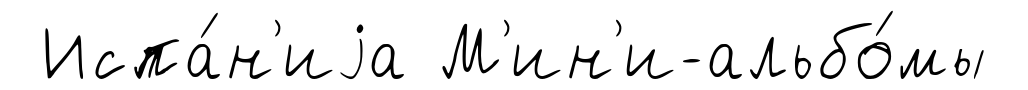
Испа́н'иjа М'ин'и-альбо́мы